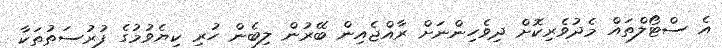
އެ ސްޓޯލްތައް މެދުވެރިކޮށް ދިވެހިންނަށް ރާއްޖެއިން ބޭރުން ލިބެން ހުރި ކިޔެވުމުގެ ފުރުސަތުތަކާ